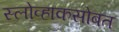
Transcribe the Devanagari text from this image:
स्लोव्हाकसोबत